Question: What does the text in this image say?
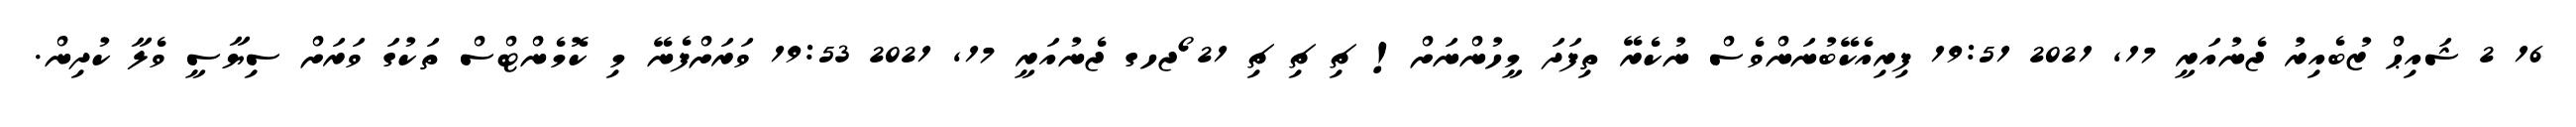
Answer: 16 2 ޝައިޙް ޒުބެއިރު ޖެނުއަރީ 17, 2021 19:51 ފިރިއެކޭބުނަންވެސް ނުކެރޭ ތިފަދަ މީހުންނަށް! ޗި ޗި ޗި 21 ޯޖހގ ޖެނުއަރީ 17, 2021 19:53 ވަރަށްފެނޭ މި ކޮމެންޓްސް ތަކުގަ ވަރަށް ސިޔާސީ ވެލާ ކުދިން.